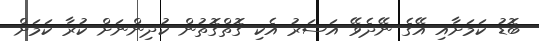
ބޮޑު ކަމަށާއި އޭގެ ނޭދެވޭ އަސަރު އެކި ގޮތްގޮތުން ކުދިންނަށް ކުރާ ކަމަށް